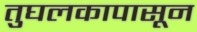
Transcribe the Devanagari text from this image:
तुघलकापासून